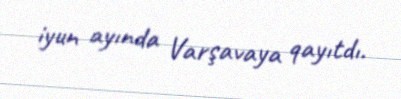
iyun ayında Varşavaya qayıtdı.